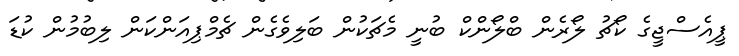
ޕީއެސްޖީގެ ކޯޗު ލޯރެން ބްލޯންކް ބުނީ މެޗަކުން ބަލިވެގެން ޗެމްޕިއަންކަން ލިބުމުން ކުޑަ